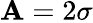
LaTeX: \mathbf{A}=2\sigma